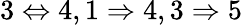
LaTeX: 3\Leftrightarrow 4,1\Rightarrow 4,3\Rightarrow 5